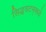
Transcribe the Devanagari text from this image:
सिद्धवटम्‌मध्ये